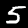
Digit: 5